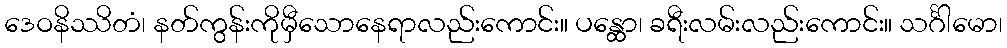
ဒေဝနိဿိတံ၊ နတ်ကွန်းကိုမှီသောနေရာလည်းကောင်း။ ပန္ထော၊ ခရီးလမ်းလည်းကောင်း။ သင်္ဂါမော၊